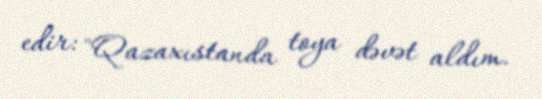
edir: "Qazaxıstanda toya dəvət aldım.